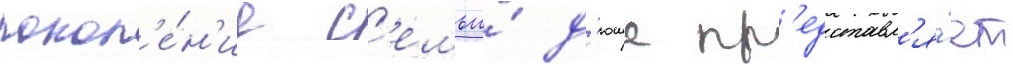
покол'е́н'ие с'емьи́ д'юше пр'едставл'я́ет